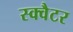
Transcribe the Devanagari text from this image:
स्क्वैटर